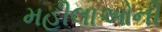
મહીલાઓની